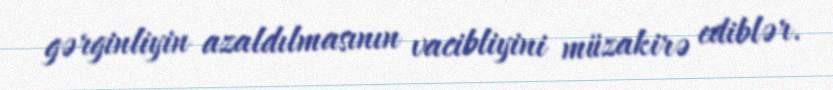
gərginliyin azaldılmasının vacibliyini müzakirə ediblər.